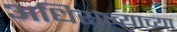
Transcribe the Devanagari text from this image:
अधिराज्याच्या